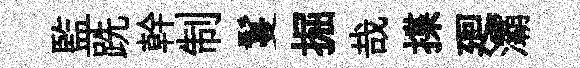
監跣幹制鬘掘哉揲廻灞